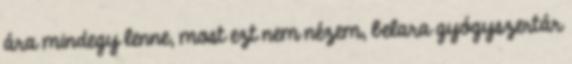
ára mindegy lenne, most ezt nem nézem, belara gyógyszertár